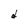
Character: d